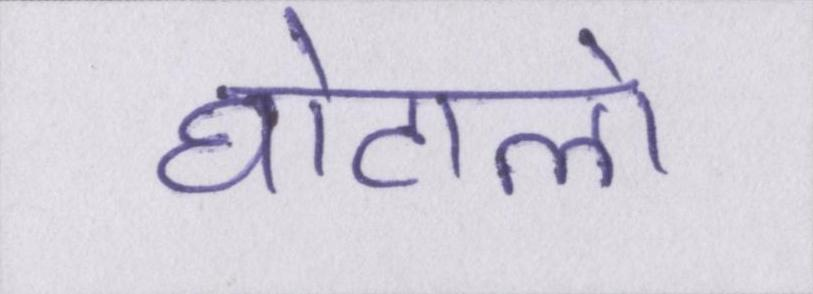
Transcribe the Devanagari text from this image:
घोटालो